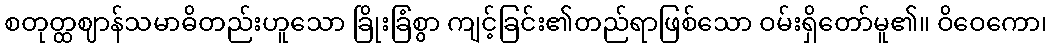
စတုတ္ထဈာန်သမာဓိတည်းဟူသော ခြိုးခြံစွာ ကျင့်ခြင်း၏တည်ရာဖြစ်သော ဝမ်းရှိတော်မူ၏။ ဝိဝေကော၊